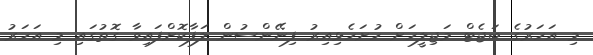
މި އަހަރުގެ ބަޖެޓް މަޖިލީހަށް ހުށަހެޅިއިރު ފިނޭންސުން ލަފާކޮށްފައިވާ ގޮތުގައި މި އަހަރު